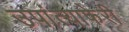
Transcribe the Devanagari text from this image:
उपांत्याफेरी